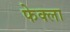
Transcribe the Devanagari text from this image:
फेक्ला